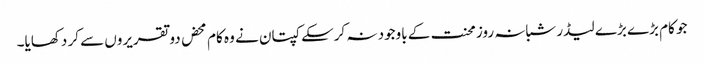
جو کام بڑے بڑے لیڈر شبانہ روز محنت کے باوجود نہ کرسکے کپتان نے وہ کام محض دو تقریروں سے کر دکھایا۔